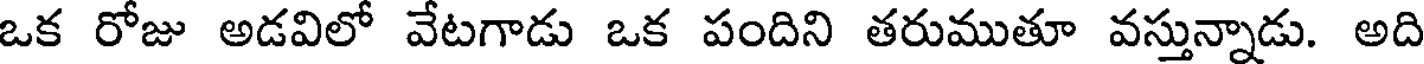
ఒక రోజు అడవిలో వేటగాడు ఒక పందిని తరుముతూ వస్తున్నాడు. అది